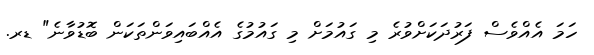
ހަމަ އެއްވެސް ފަރުދަކަށްވުރެ މި ގައުމަށް މި ގައުމުގެ އެއްބައިވަންތަކަން ބޮޑުވާނެ" ޑރ.